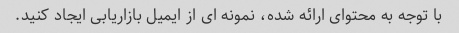
با توجه به محتوای ارائه شده، نمونه ای از ایمیل بازاریابی ایجاد کنید.